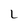
Character: L